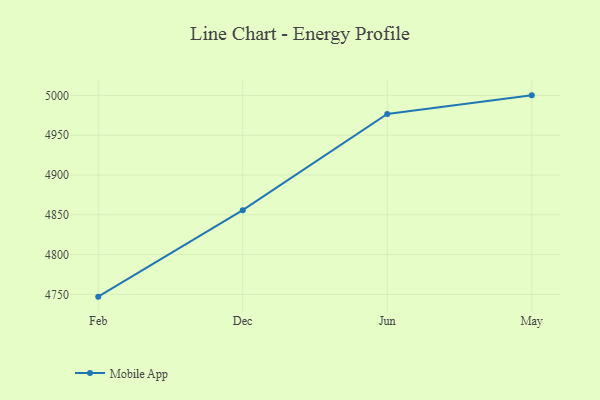
{"axis": {"x": "Month", "y": "Latency (ms)"}, "legend": ["Mobile App"], "data": [{"x": "Feb", "y": 4747.2, "type": "Mobile App"}, {"x": "Dec", "y": 4855.8, "type": "Mobile App"}, {"x": "Jun", "y": 4976.7, "type": "Mobile App"}, {"x": "May", "y": 5000, "type": "Mobile App"}]}